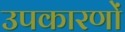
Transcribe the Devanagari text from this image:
उपकारणों